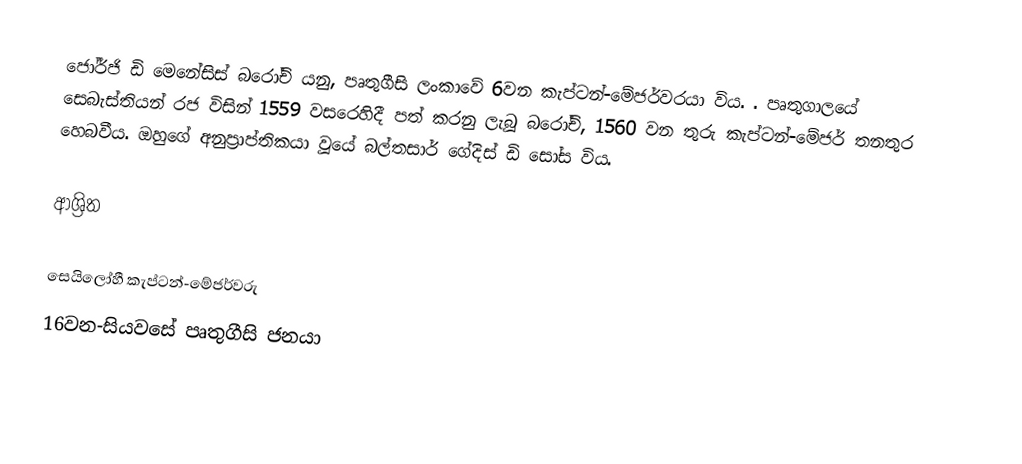
ජෝර්ජි ඩි මෙනේසිස් බරෝචි යනු, පෘතුගීසි ලංකාවේ 6වන  කැප්ටන්-මේජර්වරයා විය. .  පෘතුගාලයේ සෙබැස්තියන් රජ විසින් 1559 වසරෙහිදී පත් කරනු ලැබූ බරෝචි, 1560 වන තුරු කැප්ටන්-මේජර් තනතුර හෙබවීය. ඔහුගේ අනුප්‍රාප්තිකයා වූයේ බල්තසාර් ගේදිස් ඩි සෝස විය.

ආශ්‍රිත

 සෙයිලෝහී කැප්ටන්-මේජර්වරු
16වන-සියවසේ පෘතුගීසි ජනයා